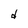
Character: d